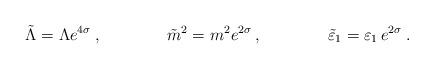
LaTeX: \begin{align*}\tilde\Lambda=\Lambda e^{4\sigma}\:,\qquad\qquad \tilde m^2=m^2e^{2\sigma}\:,\qquad\qquad\tilde\varepsilon_1=\varepsilon_1\,e^{2\sigma}\:.\end{align*}